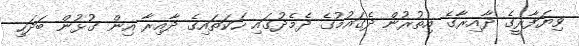
ވިޔަފާރީގެ ދާއިރާގެ އިތުރުން ދެގައުމުގެ ދެމެދުގައި ހަކަތައިގެ ދާއިރާ އިން ގުޅުން ބަދަހި